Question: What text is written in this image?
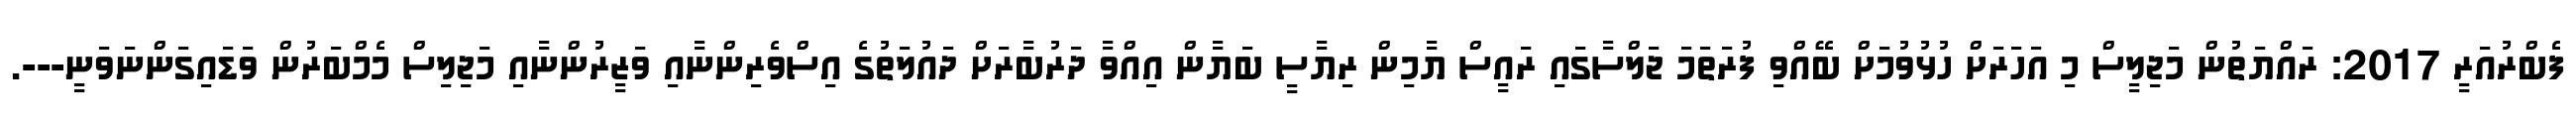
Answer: ފެބްރުއަރީ 2017: ރައްޔަތުން މަޖިލީސް މި އަހަރަށް ހުޅުވުމަށް ބޭއްވި ފުރަތަމަ ޖަލްސާގައި ރައީސް ޔާމިން ރިޔާސީ ބަޔާން އިއްވާ ދަރުބާރަށް ދައުލަތުގެ އިސްވެރިންނާއި ވަޒީރުންނާއި މަޖިލިސް މެމްބަރުން ވަޑައިގަންނަވަނީ---.